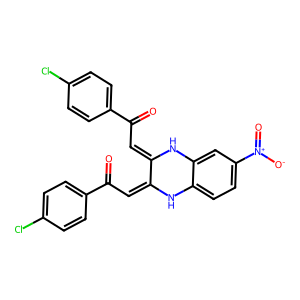
SMILES: O=C(C=C1Nc2ccc([N+](=O)[O-])cc2NC1=CC(=O)c1ccc(Cl)cc1)c1ccc(Cl)cc1
Inhibits HIV replication: No